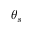
\theta _ { s }